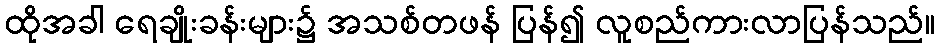
ထိုအခါ ရေချိုးခန်းများ၌ အသစ်တဖန် ပြန်၍ လူစည်ကားလာပြန်သည်။